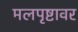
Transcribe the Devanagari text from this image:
मलपृष्टावर